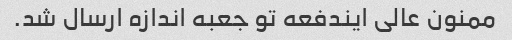
ممنون عالی ایندفعه تو جعبه اندازه ارسال شد.